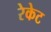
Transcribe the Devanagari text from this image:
रेकेट